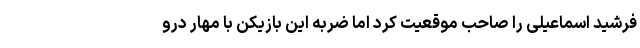
فرشید اسماعیلی را صاحب موقعیت کرد اما ضربه این بازیکن با مهار درو